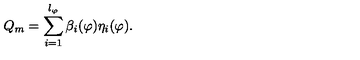
Q _ { m } = \sum _ { i = 1 } ^ { l _ { \varphi } } \beta _ { i } ( \varphi ) \eta _ { i } ( \varphi ) .